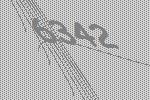
6342